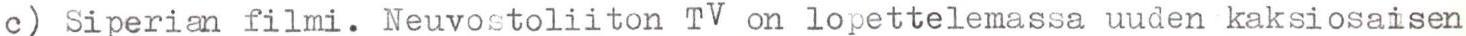
c) Siperian filmi. Neuvostoliiton TV on lopettelemassa uuden kaksiosaisen